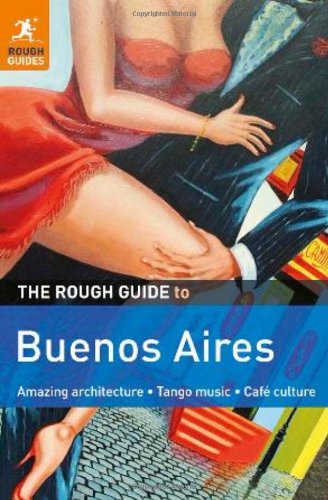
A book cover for The Rough Guide to Buenos Aires; Andrew Benson; Travel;